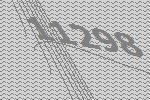
11298